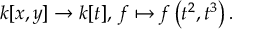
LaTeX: k [ x , y ] \to k [ t ] , \, f \mapsto f \left( t ^ { 2 } , t ^ { 3 } \right) .